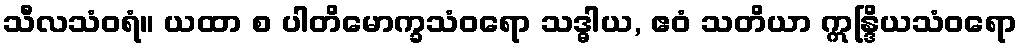
သီလသံဝရံ။ ယထာ စ ပါတိမောက္ခသံဝရော သဒ္ဓါယ, ဧဝံ သတိယာ ဣန္ဒြိယသံဝရော